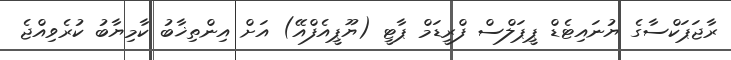
ރާޖަޕަކްސާގެ ޔުނައިޓެޑް ޕީޕަލްސް ފްރީޑަމް ޕާޓީ (ޔޫޕީއެފްއޭ) އަށް އިންތިޚާބު ކާމިޔާބު ކުރެވިއްޖެ